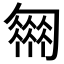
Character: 𠤈